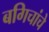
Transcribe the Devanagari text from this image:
बगिचांचे